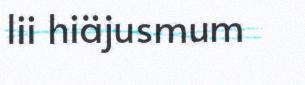
lii hiäjusmum